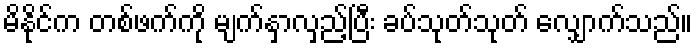
မိနိုင်က တစ်ဖက်ကို မျက်နှာလှည့်ပြီး ခပ်သုတ်သုတ် လျှောက်သည်။